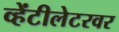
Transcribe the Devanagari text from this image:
व्हेंटीलेटरवर